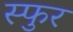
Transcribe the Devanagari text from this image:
स्‍फुर